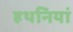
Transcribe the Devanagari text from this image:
हथनियां